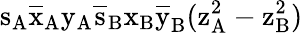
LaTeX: \mathrm{s_{A}\mathrm{\overline{{x}}_{A}\mathrm{y_{A}\mathrm{\overline{{s}}_{B}\mathrm{x_{B}\mathrm{\overline{{y}}_{B}(\mathrm{z_{A}^{2}-\mathrm{z_{B}^{2})}}}}}}}}